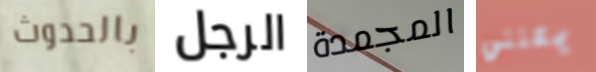
بالحدوث الرجل المجمدة يمكنني